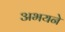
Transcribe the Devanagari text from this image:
अभयने